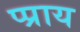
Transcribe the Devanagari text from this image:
प्प्राय